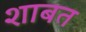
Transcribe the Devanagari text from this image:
शाबत